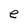
Character: e